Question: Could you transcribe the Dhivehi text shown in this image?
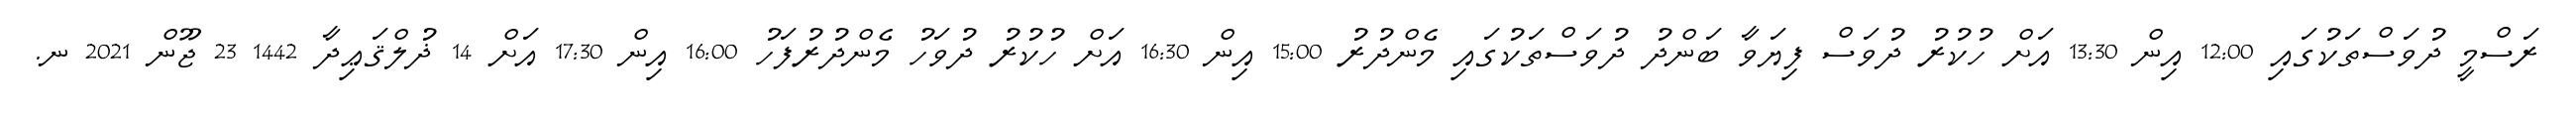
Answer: ރަސްމީ ދުވަސްތަކުގައި 12:00 އިން 13:30 އަށް ހުކުރު ދުވަސް ފިޔަވާ ބަންދު ދުވަސްތަކުގައި މެންދުރު 15:00 އިން 16:30 އަށް ހުކުރު ދުވަހު މެންދުރުފަހު 16:00 އިން 17:30 އަށް 14 ޛުލްޤަޢިދާ 1442 23 ޖޫން 2021 ނ.